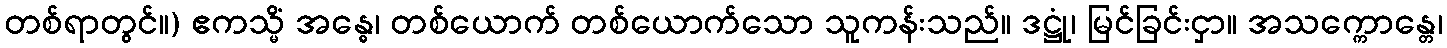
တစ်ရာတွင်။) ဧကသ္မိံ အန္ဓေ၊ တစ်ယောက် တစ်ယောက်သော သူကန်းသည်။ ဒဋ္ဌုံ၊ မြင်ခြင်းငှာ။ အသက္ကောန္တေ၊